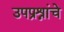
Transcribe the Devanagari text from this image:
उपप्रश्नांचे